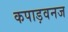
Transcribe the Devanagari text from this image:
कपाड़वनज